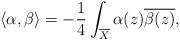
\begin{align*}\langle\alpha,\beta \rangle=-\frac{1}{4}\int_{\overline{X}}\alpha(z)\overline{\beta(z)}, \end{align*}